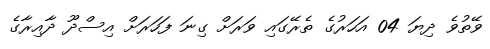
ވޭތުވެ ދިޔަ 04 އަހަރުގެ ތެރޭގައި ވަރަށް ގިނަ ފަހަރަށް އިސްދޫ ދާއިރާގެ